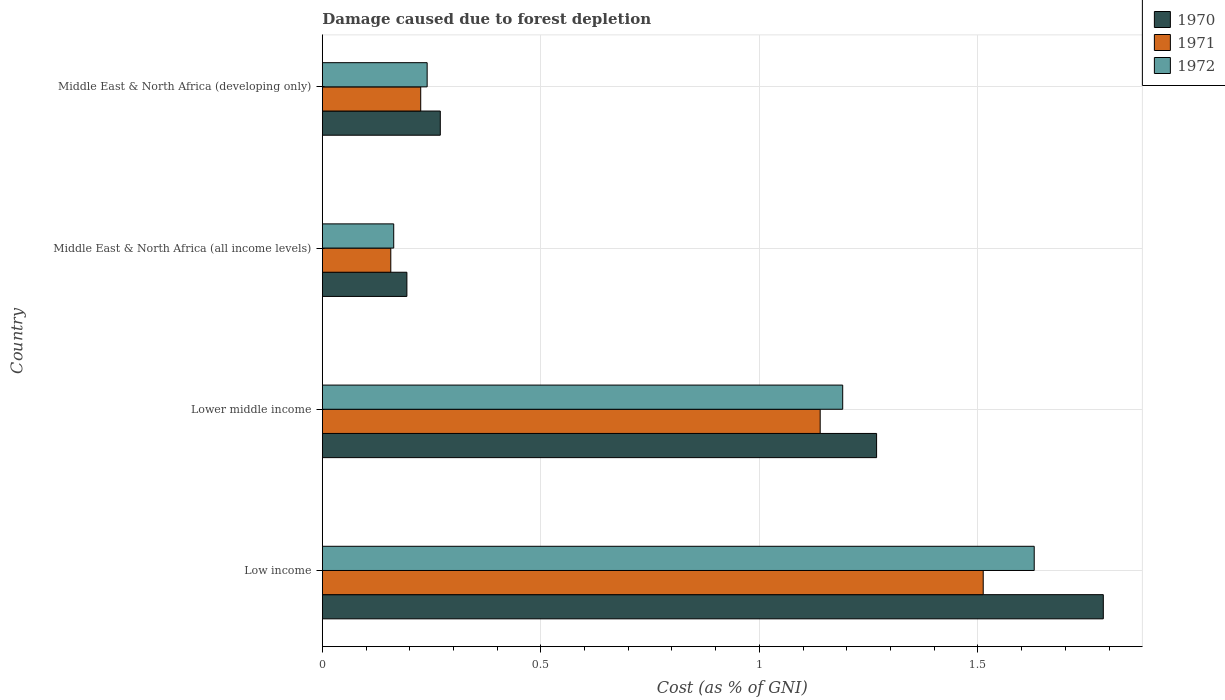
| Country | 1970 | 1971 | 1972 |
 | --- | --- | --- | --- |
 | Low income | 1.79 | 1.51 | 1.63 |
 | Lower middle income | 1.27 | 1.14 | 1.19 |
 | Middle East & North Africa (all income levels) | 0.193 | 0.157 | 0.163 |
 | Middle East & North Africa (developing only) | 0.27 | 0.225 | 0.24 |